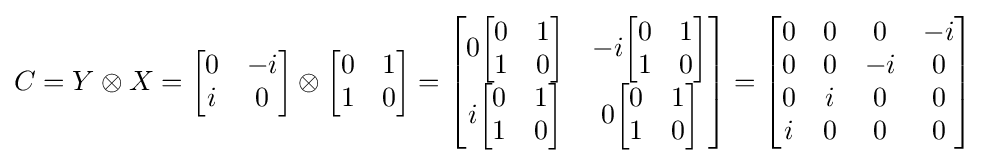
C=Y\otimes X={\begin{bmatrix}0&-i\\i&0\end{bmatrix}}\otimes {\begin{bmatrix}0&1\\1&0\end{bmatrix}}={\begin{bmatrix}0{\begin{bmatrix}0&1\\1&0\end{bmatrix}}&-i{\begin{bmatrix}0&1\\1&0\end{bmatrix}}\\i{\begin{bmatrix}0&1\\1&0\end{bmatrix}}&0{\begin{bmatrix}0&1\\1&0\end{bmatrix}}\end{bmatrix}}={\begin{bmatrix}0&0&0&-i\\0&0&-i&0\\0&i&0&0\\i&0&0&0\end{bmatrix}}